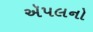
ઍપલનો